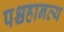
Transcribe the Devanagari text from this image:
पश्चहानव्य